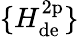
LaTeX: \{ H_{\mathrm{de}}^{\mathrm{2p}}\}